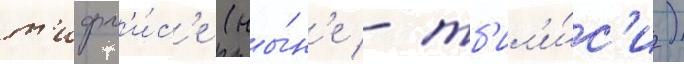
т'ифл'и́с'е (ны́н'е - тб'ил'и́с'и)